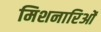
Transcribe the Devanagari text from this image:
मिशनारिओं